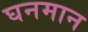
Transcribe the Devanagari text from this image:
घनमान